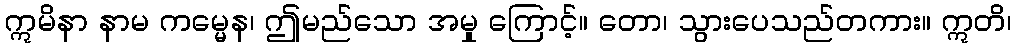
ဣမိနာ နာမ ကမ္မေန၊ ဤမည်သော အမှု ကြောင့်။ တော၊ သွားပေသည်တကား။ ဣတိ၊